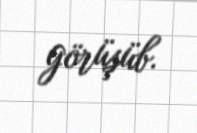
görüşüb.